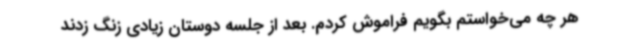
هر چه می‌خواستم بگویم فراموش کردم. بعد از جلسه دوستان زیادی زنگ زدند